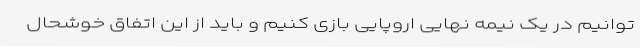
توانیم در یک نیمه نهایی اروپایی بازی کنیم و باید از این اتفاق خوشحال